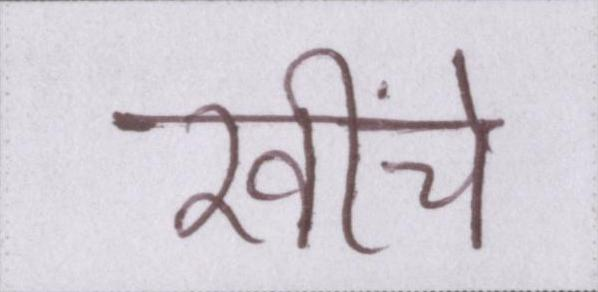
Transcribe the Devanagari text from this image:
खींचे